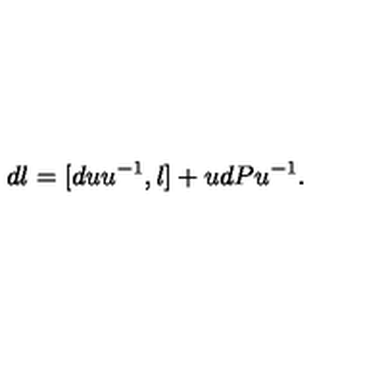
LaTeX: d l = [ d u u ^ { - 1 } , l ] + u d P u ^ { - 1 } .